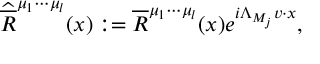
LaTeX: \widehat { \overline { { { R } } } } ^ { \mu _ { 1 } \cdots \mu _ { l } } ( x ) : = \overline { { { R } } } ^ { \mu _ { 1 } \cdots \mu _ { l } } ( x ) e ^ { i \Lambda _ { M _ { j } } v \cdot x } ,